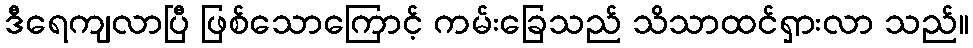
ဒီရေကျလာပြီ ဖြစ်သောကြောင့် ကမ်းခြေသည် သိသာထင်ရှားလာ သည်။